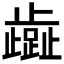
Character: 𬆏